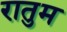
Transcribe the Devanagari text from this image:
रातुम